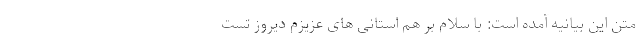
متن این بیانیه آمده است: با سلام بر هم استانی های عزیزم دیروز تست